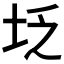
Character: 𪣇